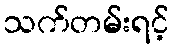
သက်တမ်းရင့်